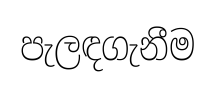
පැලඳගැනීම